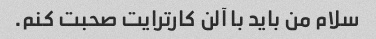
سلام من باید با آلن کارترایت صحبت کنم.